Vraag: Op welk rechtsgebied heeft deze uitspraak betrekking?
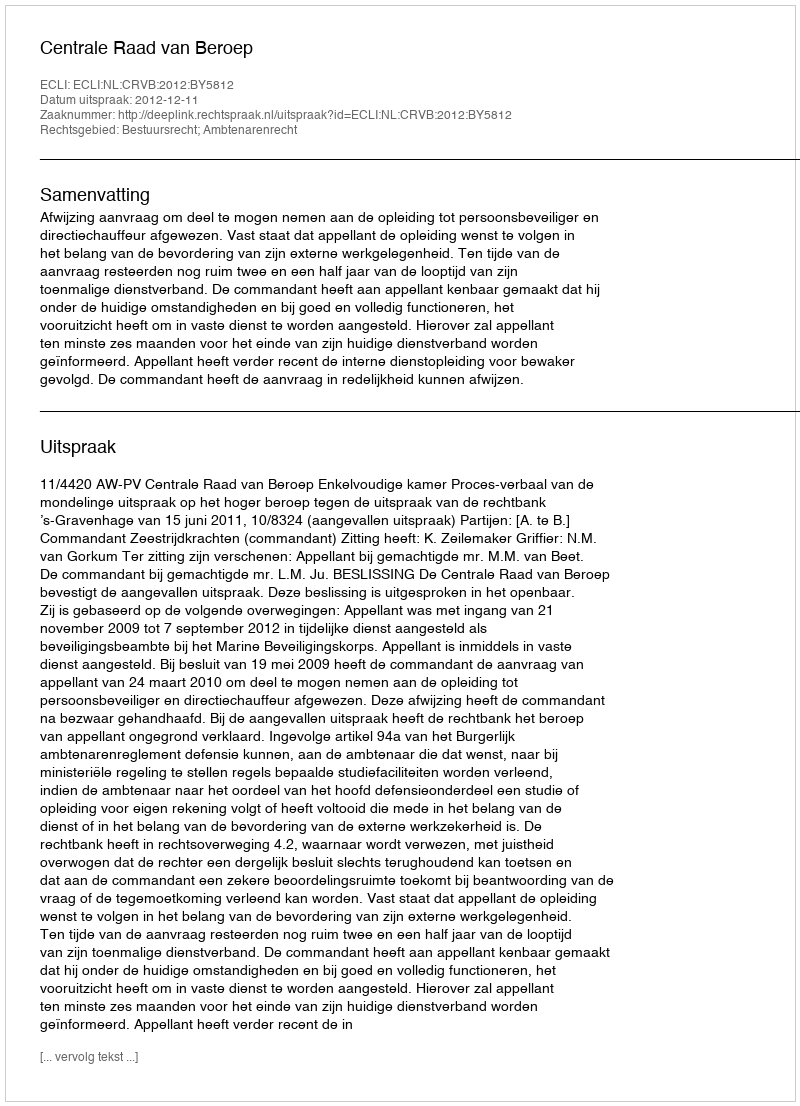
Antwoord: Bestuursrecht; Ambtenarenrecht